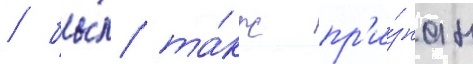
/ бы́л та́кж пр'и́знан